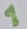
Text: 1